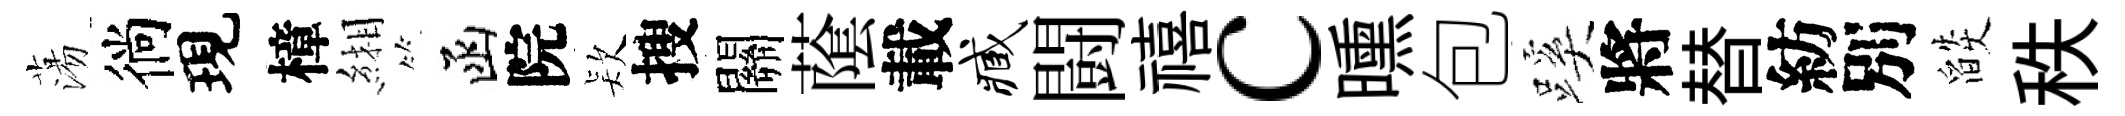
蕩徜現樟緗函院𣣇搜關䕃載臧闘禧c曛包蹊將替紡別燄秩